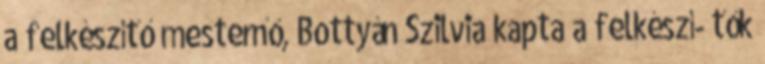
a felkészítő mesternő, Bottyán Szilvia kapta a felkészí- tők